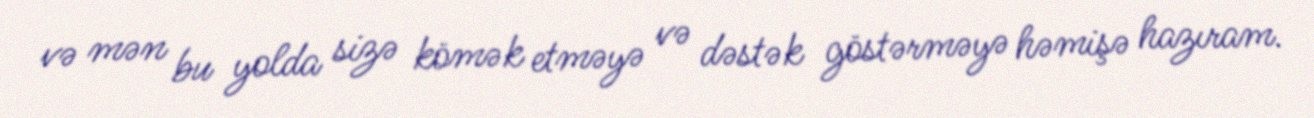
və mən bu yolda sizə kömək etməyə və dəstək göstərməyə həmişə hazıram.